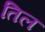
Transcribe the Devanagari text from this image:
तिल